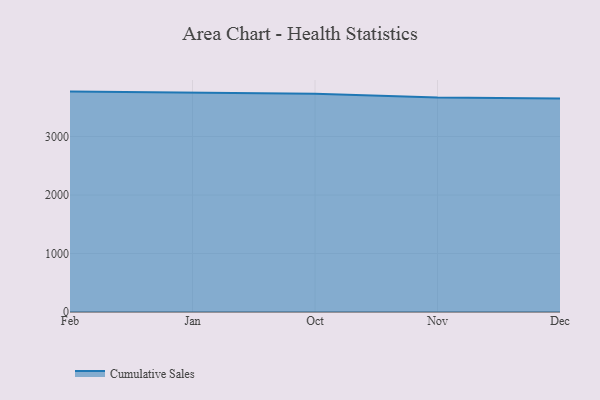
{"axis": {"x": "Month", "y": "Bounce Rate (%)"}, "legend": ["Cumulative Sales"], "data": [{"x": "Feb", "y": 3768.0, "type": "Cumulative Sales"}, {"x": "Jan", "y": 3751.7, "type": "Cumulative Sales"}, {"x": "Oct", "y": 3732.4, "type": "Cumulative Sales"}, {"x": "Nov", "y": 3665.9, "type": "Cumulative Sales"}, {"x": "Dec", "y": 3649.8, "type": "Cumulative Sales"}]}